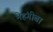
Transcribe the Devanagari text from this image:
मेहंगीबा